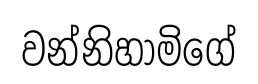
වන්නිහාමිගේ